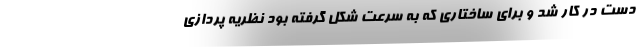
دست در کار شد و برای ساختاری که به سرعت شکل گرفته بود نظریه پردازی